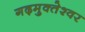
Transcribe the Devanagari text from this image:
गढ़मुक्‍तेश्‍वर